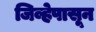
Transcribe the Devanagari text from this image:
जिव्हेपासून